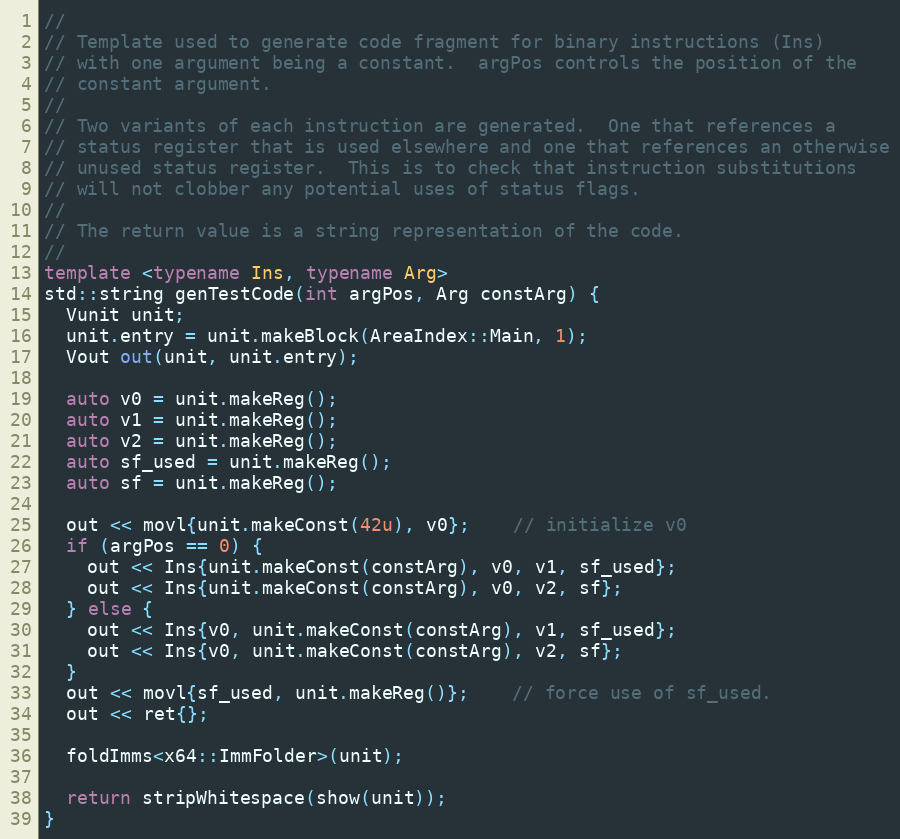
Language: C++
//
// Template used to generate code fragment for binary instructions (Ins)
// with one argument being a constant.  argPos controls the position of the
// constant argument.
//
// Two variants of each instruction are generated.  One that references a
// status register that is used elsewhere and one that references an otherwise
// unused status register.  This is to check that instruction substitutions
// will not clobber any potential uses of status flags.
//
// The return value is a string representation of the code.
//
template <typename Ins, typename Arg>
std::string genTestCode(int argPos, Arg constArg) {
  Vunit unit;
  unit.entry = unit.makeBlock(AreaIndex::Main, 1);
  Vout out(unit, unit.entry);

  auto v0 = unit.makeReg();
  auto v1 = unit.makeReg();
  auto v2 = unit.makeReg();
  auto sf_used = unit.makeReg();
  auto sf = unit.makeReg();

  out << movl{unit.makeConst(42u), v0};    // initialize v0
  if (argPos == 0) {
    out << Ins{unit.makeConst(constArg), v0, v1, sf_used};
    out << Ins{unit.makeConst(constArg), v0, v2, sf};
  } else {
    out << Ins{v0, unit.makeConst(constArg), v1, sf_used};
    out << Ins{v0, unit.makeConst(constArg), v2, sf};
  }
  out << movl{sf_used, unit.makeReg()};    // force use of sf_used.
  out << ret{};

  foldImms<x64::ImmFolder>(unit);

  return stripWhitespace(show(unit));
}